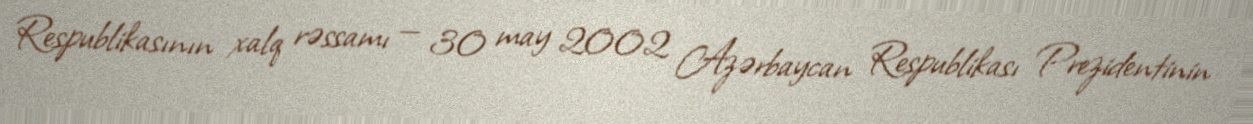
Respublikasının xalq rəssamı — 30 may 2002 Azərbaycan Respublikası Prezidentinin